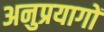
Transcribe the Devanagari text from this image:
अनुप्रयागों